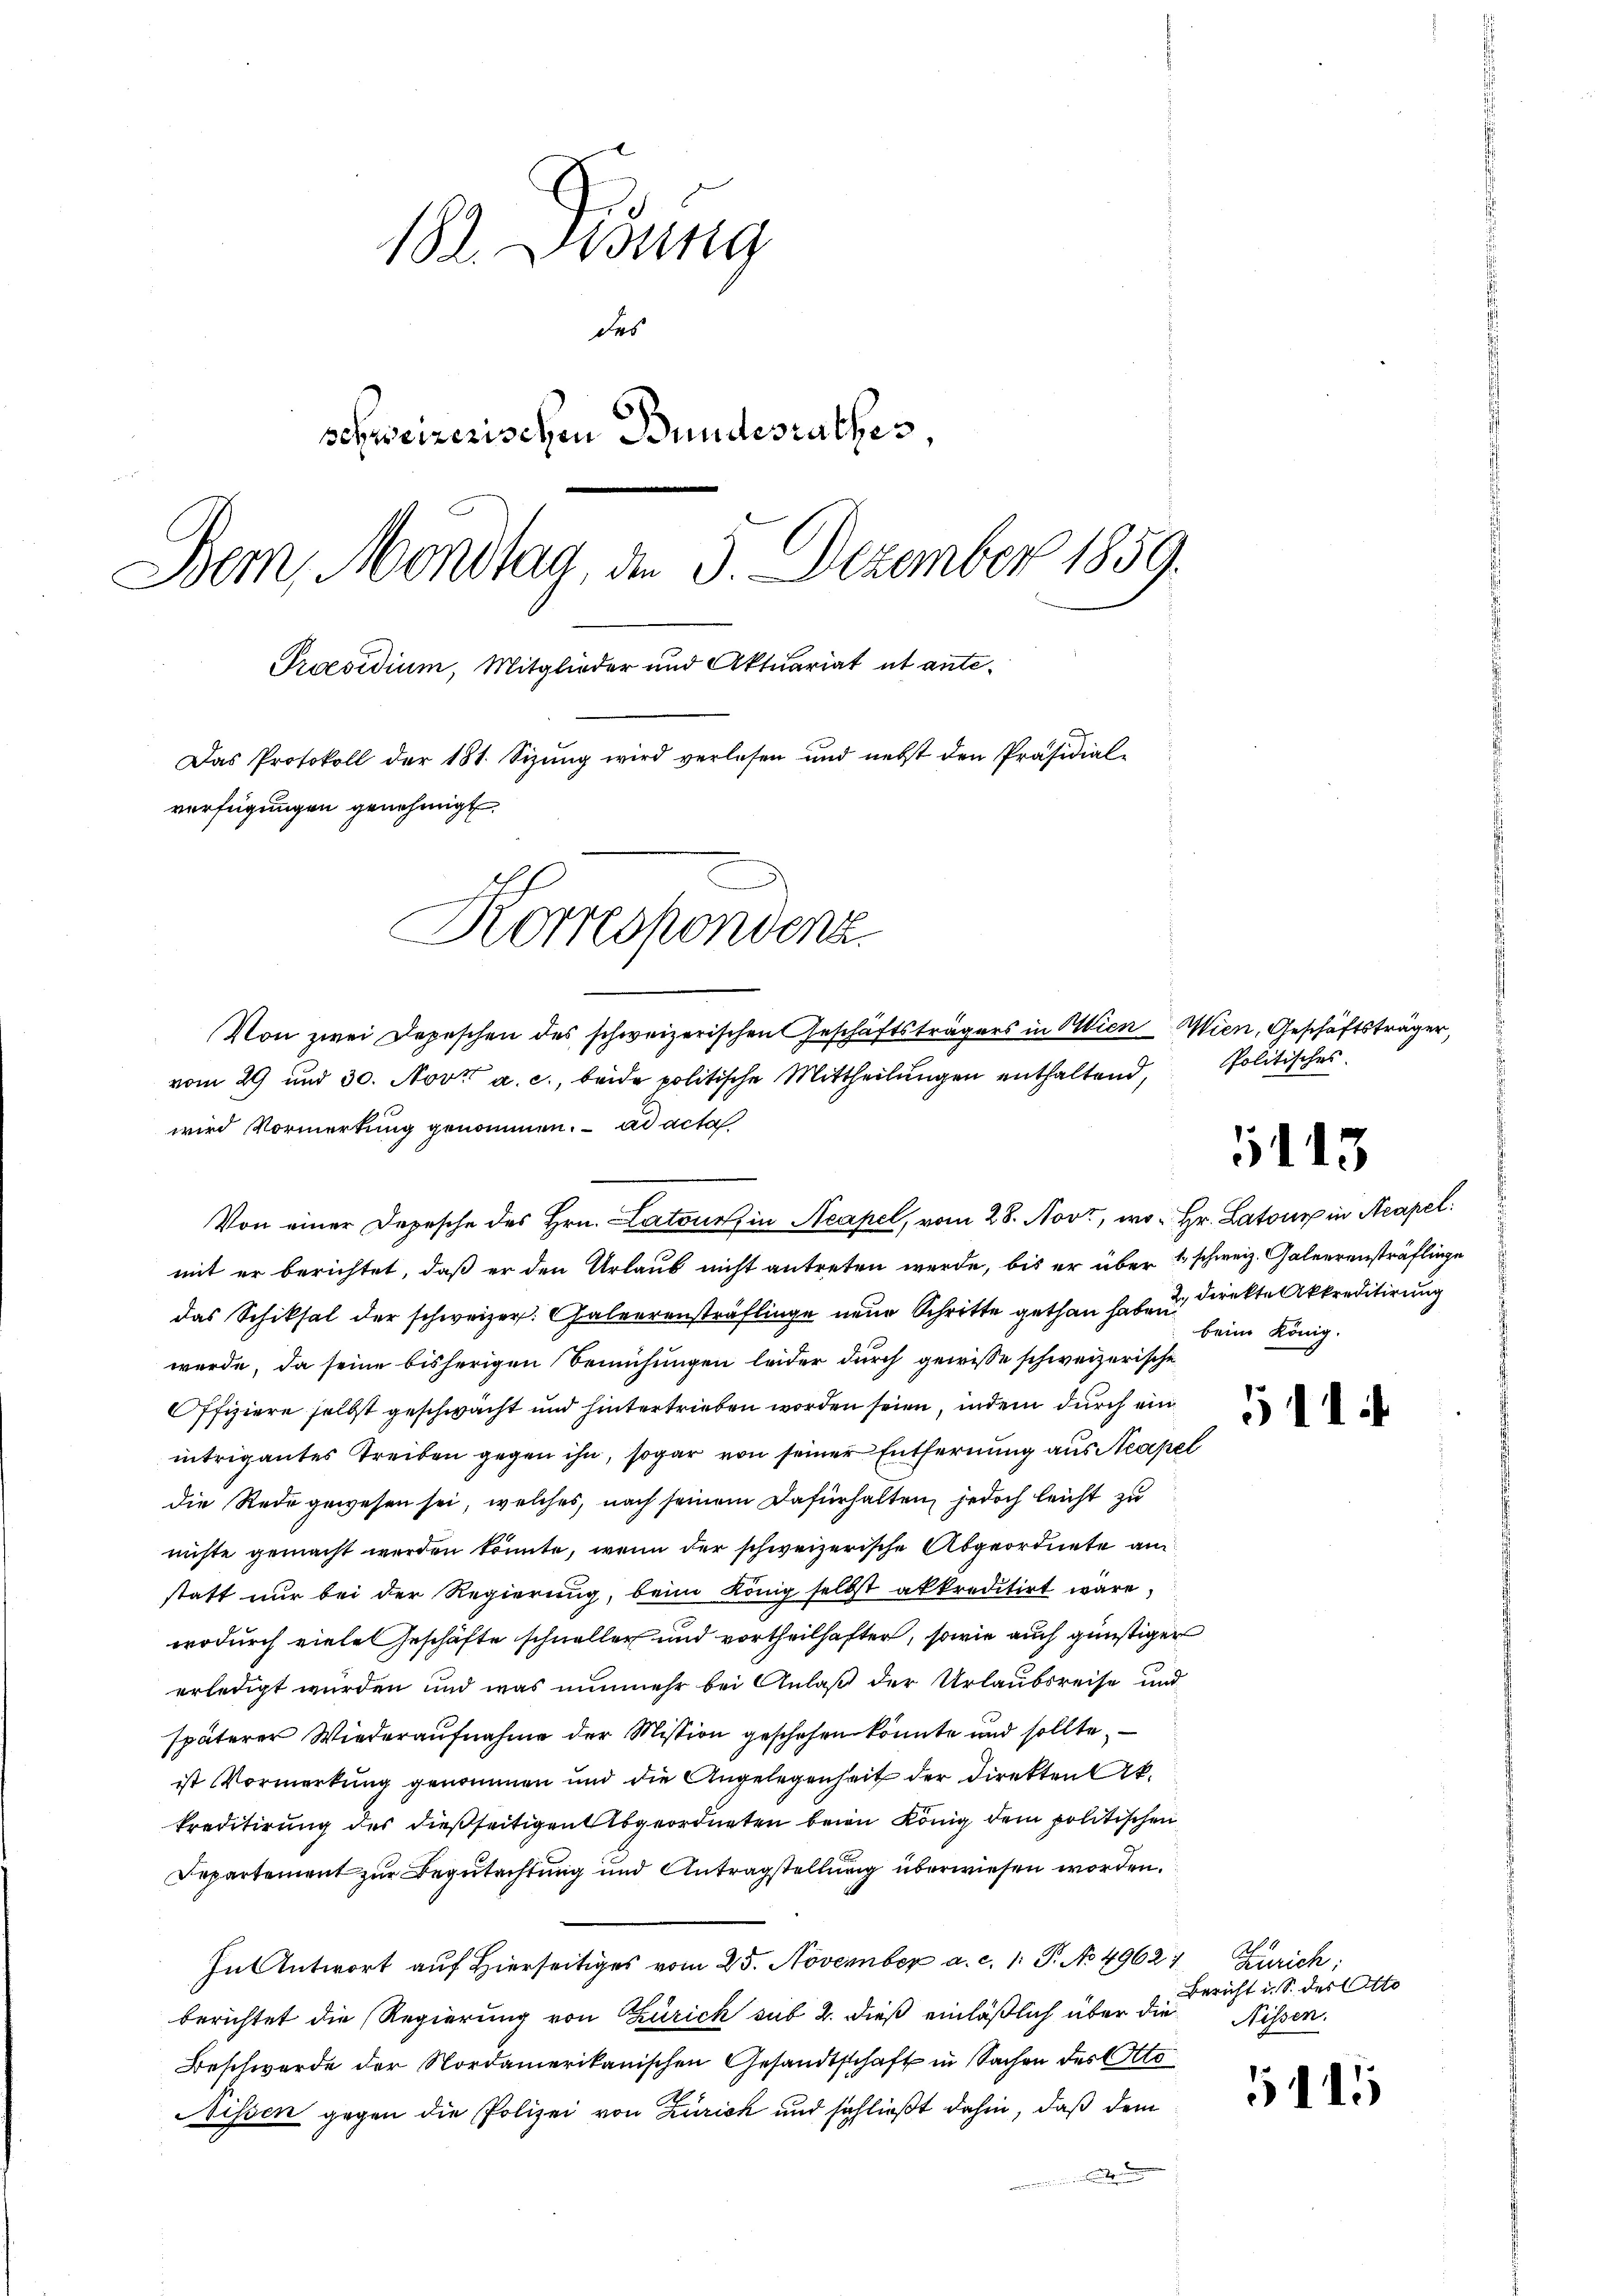
182. Didung
des
schweizerischen Bundesrathes,
Bem, Möndtag, den 3. Dezember 1859.
Praesidium, Mitglieder und Aktuariat et ante¬
Das Protokoll der 181. Sizung wird verlesen und nebst den Präsidial-
verfügungen genehmigt.
Korrespondenz.
Von zwei Depeschen des schweizerischen Geschäftsträgers in Wien Wien, Geschäftsträger,
vom 29 und 30. Nov. a. c., beide politische Mittheilungen enthaltend,
wird Vormerkung genommen. ad acta

mit er berichtet, daß er den Urlaub nicht antreten werde, bis er über 1 schweiz. Galeerensträflinge
das Schiksal der schweizer. Galverensträflinge neue Schritte gethan habe u Direkte kkreditirung
werde, da seine bisherigen Bemühungen leider durch gewisse schweizerische
Offiziere selbst geschwächt und hintertrieben worden seien, indem durch ein
intrigantes Treiben gegen ihn, sogar von seiner Entfernung aus Neapel
die Rede gewesen sei, welches, nach seinem Dafürhalten, jedoch leicht zu
nichte gemacht werden könnte, wenn der schweizerische Abgeordnete am
statt nur bei der Regierung, beim König selbst akkreditirt wäre,
wodurch viele Geschäfte schneller und vortheilhafter, sowie auch günstiger
erledigt wurden und was nunmehr bei Anlaß der Urlaubsreise und
späterer Wiederaufnahme der Mission geschehen könnte und sollte,
ist Vormerkung genommen und die Angelegenheit der Direkten Ak¬
Preditirung des dießseitigen Abgeordneten beim König dem politischen
Departement zur Begutachtung und Antragstellung überwiesen worden.
In Antwort auf Hierseitiges vom 25. November a. c. 1. P. No 49621 Zürich;
berichtet die Regierung von Zürich sub 2. dieß einläßlich über die Wissen.
Beschwerde der Nordamerikanischen Gesandtschaft in Sachen des Otto
Nissen gegen die Polizei von Zürich und schließt dahin, daß dem
n in der

Von einer Depesche des Hrn. Latour in Neapel, vom 28. Nov., wo Hr. Latour in Neapel

Politisches.

1115

beim König.

511.

Bericht i. S. des Otto

15